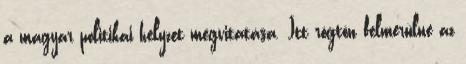
a magyar politikai helyzet megvitatása. Itt rögtön felmerülne az